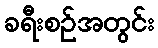
ခရီးစဉ်အတွင်း